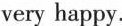
very happy.